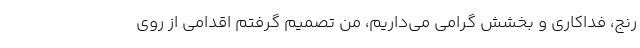
رنج،‌ فداکاری و بخشش گرامی می‌داریم، من تصمیم گرفتم اقدامی از روی